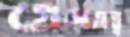
গ্রেসতত্ত্ব